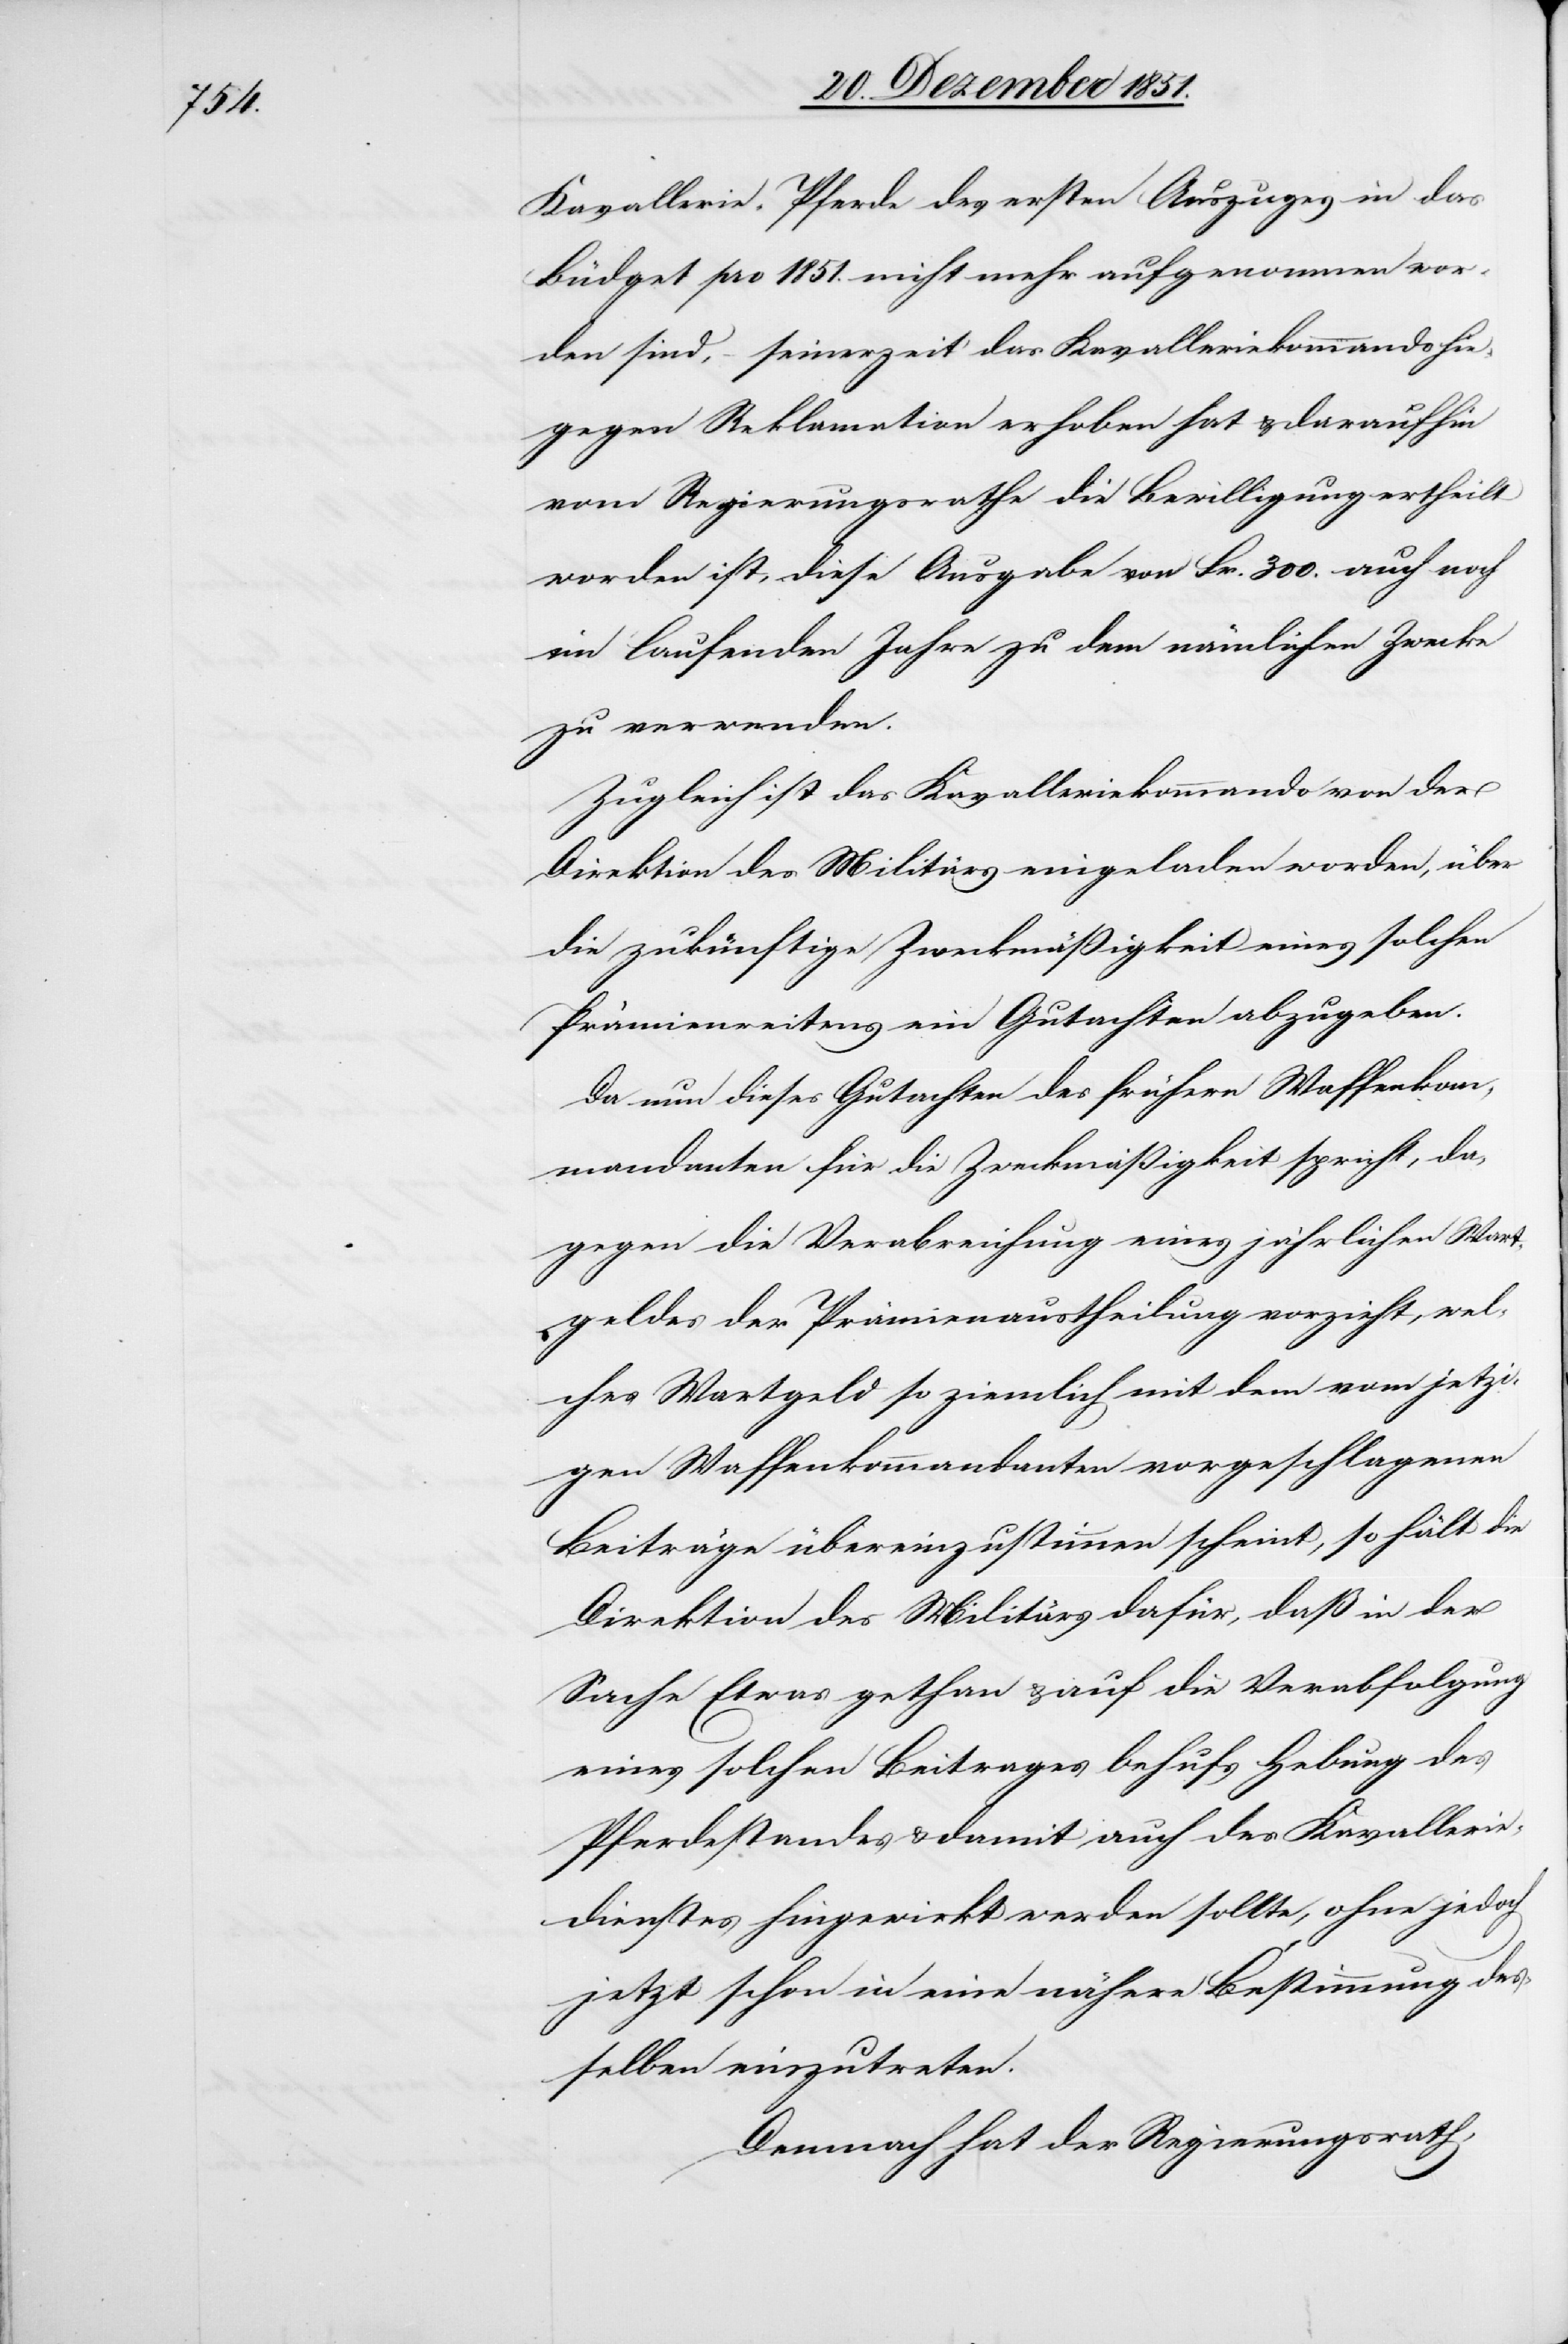
Kavallerie-Pferde des ersten Auszuges in das
Büdget pro 1851. nicht mehr aufgenommen wor¬
den sind, – seinerzeit das Kavalleriekommando hie¬
gegen Reklamation erhoben hat & daraufhin
vom Regierungsrathe die Bewilligung ertheilt
worden ist, diese Ausgabe von Fr. 300. auch noch
im laufenden Jahre zu dem nämlichen Zwecke
zu verwenden.
Zugleich ist das Kavalleriekommando von der
Direktion des Militärs eingeladen worden, über
die zukünftige Zweckmäßigkeit eines solchen
Prämienreitens ein Gutachten abzugeben.
Da nun dieses Gutachten des frühern Waffenkom¬
mandanten für die Zweckmäßigkeit spricht, da¬
gegen die Verabreichung eines jährlichen Wart¬
geldes der Prämienaustheilung vorzieht, wel¬
ches Wartgeld so ziemlich mit dem vom jetzi¬
gen Waffenkommandanten vorgeschlagenen
Beiträge [sic!] übereinzustimmen scheint, so hält die
Direktion des Militärs dafür, daß in der
Sache Etwas gethan & auf die Verabfolgung
eines solchen Beitrages behufs Hebung des
Pferdestandes & damit auch des Kavallerie¬
dienstes hingewirkt werden sollte, ohne jedoch
jetzt schon in eine nähere Bestimmung des¬
selben einzutreten.
Demnach hat der Regierungsrath,